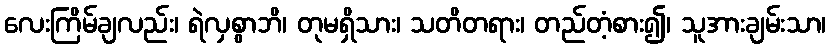
လေးကြိမ်ချလည်း၊ ရဲလှစွာဘိ၊ တုမရှိသား၊ သတိတရား၊ တည်တံ့စား၍၊ သူအားချမ်းသာ၊